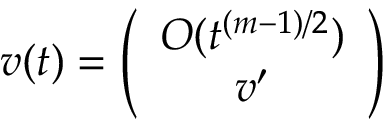
v ( t ) = \left( \begin{array} { c } { { O ( t ^ { ( m - 1 ) / 2 } ) } } \\ { { v ^ { \prime } } } \end{array} \right)